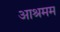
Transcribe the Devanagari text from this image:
आश्रमम